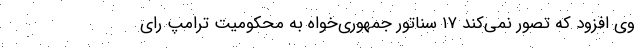
وی افزود که تصور نمی‌کند ۱۷ سناتور جمهوری‌خواه به محکومیت ترامپ رای